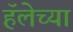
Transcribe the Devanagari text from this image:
हॅलेच्या